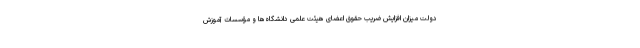
دولت میزان افزایش ضریب حقوق اعضای هیئت علمی دانشگاه‌ها و مؤسسات آموزش